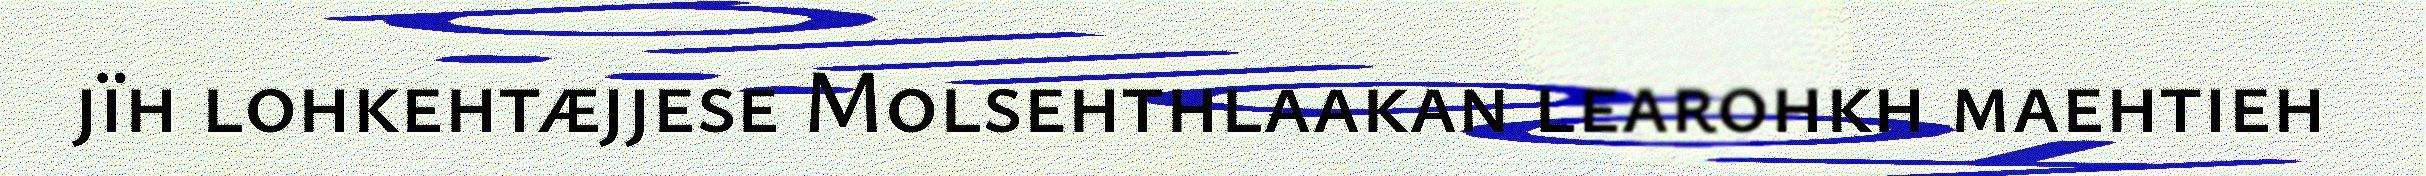
jïh lohkehtæjjese Molsehthlaakan learohkh maehtieh